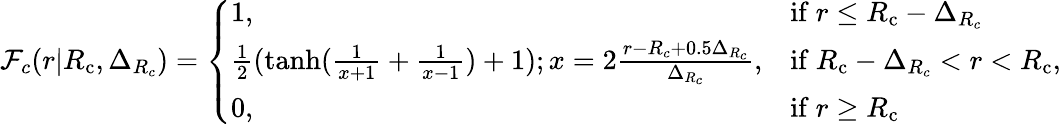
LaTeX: \mathcal{F}_{c}(r|{R_{\mathrm{{c}}}},\Delta_{R_{c}})=\left\{ \begin{array}{ll}{1,}&{\mathrm{if~}r\leq{R_{\mathrm{c}}}-\Delta_{R_{c}}}\\ {\frac{1}{2}(\operatorname{tanh}(\frac{1}{x+1}+\frac{1}{x-1})+1);x=2\frac{r-R_{c}+0.5\Delta_{R_{c}}}{\Delta_{R_{c}}},}&{\mathrm{if~}{R_{\mathrm{c}}}-\Delta_{R_{c}}<r<{R_{\mathrm{c}}}}\\ {0,}&{\mathrm{if~}r\geq{R_{\mathrm{c}}}}\end{array}\right.\mathrm{{,}}